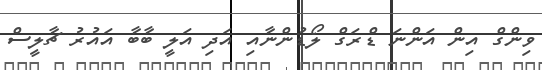
ވިންގް އިން އަންނަ ޑްރަގް ލޯޑުންނާއި އަދި އަލީ ބާބާ އައުރު ޗާލީސް